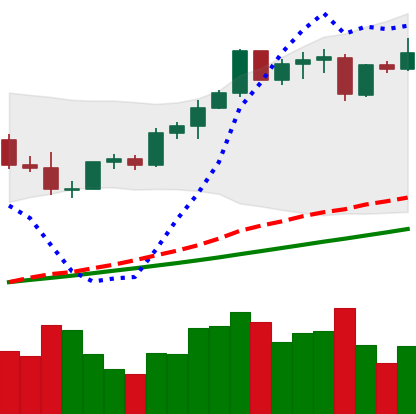
Ticker: ETH-USD
Chart end date: 2021-04-10
Forward return: 17.939%
Label: up_7plus